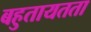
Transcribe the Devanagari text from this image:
बहुतायतता